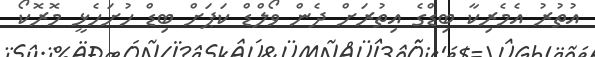
އުތުރު އެމެރިކާ ބިޑްގެ އިތުރަށް ދެން ވޯލްޑް ކަޕަށް ބިޑް ހުށަހެޅީ މޮރޮކޯ